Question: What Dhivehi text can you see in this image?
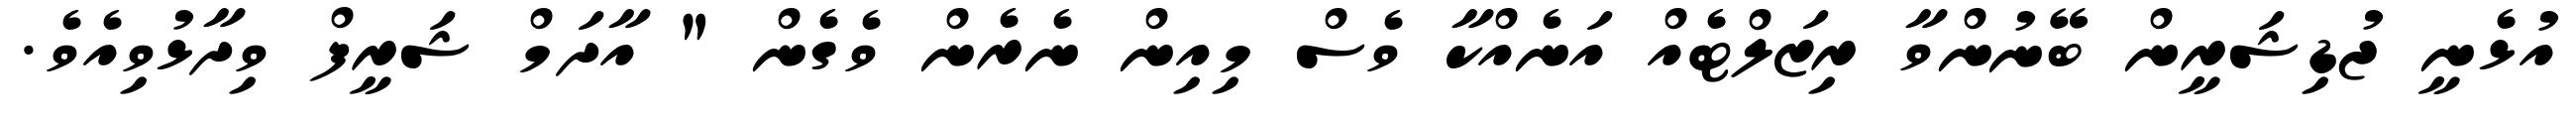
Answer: އުޅެނީ ޖުޑިޝަރީން ބޭނުންވާ ރިޒަލްޓެއް އަނެއްކާ ވެސް މިއިން ނެރެން ވެގެން " އާދަމް ޝަރީފް ވިދާޅުވިއެވެ.